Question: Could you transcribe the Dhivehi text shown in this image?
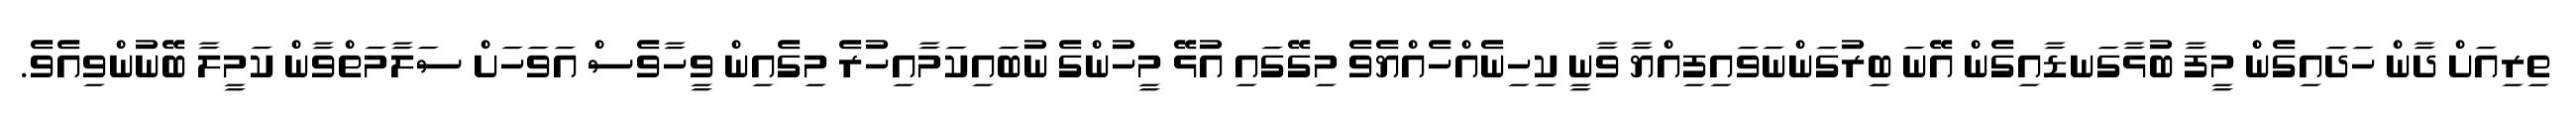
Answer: ތިރިއަށް ދާން ހަދައިގެން މީފާ ބުޅާގަނޑާއިގެން އޭނަ ބިރުގަންނަވައިފިއްޔާ ވާނީ ކިހިނެއްހެއްޔެވެ މިގޭގައި އުޅޭ މީހުންގެ ނުބައިކަމާއިހުރެ މިގެއިން ވީހާވެސް އަވަހަށް ސަލާމަތްވާން ކަމީލާ ބޭނުންވިއެވެ.